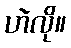
ဟဲလို။